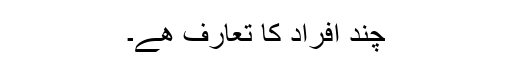
چند افراد کا تعارف ھے۔